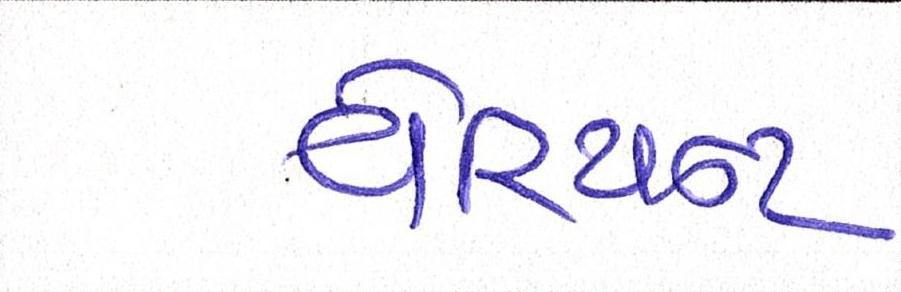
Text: વેરિયન્ટ